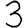
Digit: 3